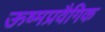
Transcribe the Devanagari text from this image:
ऊष्मप्रवैगिक